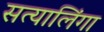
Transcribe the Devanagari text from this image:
सत्यालिंगा